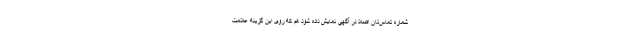
شماره تماس‌تان اصلا در آگهی نمایش داده شود هم که روی این گزینه علامت